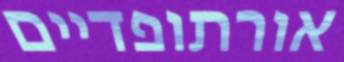
אורתופדיים